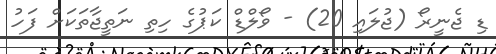
ޑި ޖެނީރޯ (ޖުލައި 20) - ވޯލްޑް ކަޕުގެ ހިތި ނަތީޖާތަކަށް ފަހު